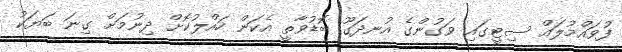
ފުވައްމުލައް ސިޓީގައި ވަގުންގެ އުނދަގޫ ބޮޑުވާތީ އެކަން ހައްލުކޮށް ދިނުމަށް ގިނަ ބަޔަކު